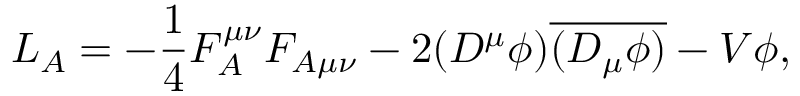
L _ { A } = - \frac 1 4 F _ { A } ^ { \mu \nu } F _ { A \mu \nu } - 2 ( D ^ { \mu } \phi ) \overline { { { ( D _ { \mu } \phi ) } } } - V { \phi } ,